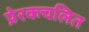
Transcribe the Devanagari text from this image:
प्रेरकचलित